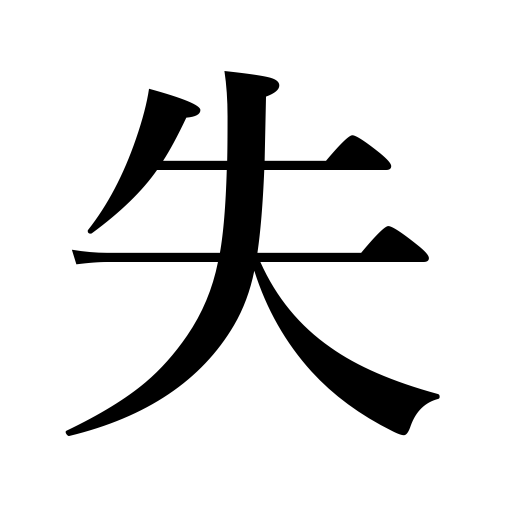
Meanings: lose,demerit,loss,disadvantage,miss a chance,error,fault